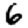
Digit: 6